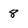
Character: 8